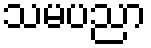
သမပညာ